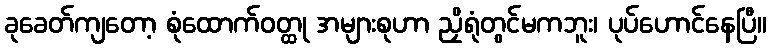
ခုခေတ်ကျတော့ စုံထောက်ဝတ္ထု အများစုဟာ ညှိရုံတွင်မကဘူး၊ ပုပ်ဟောင်နေပြီ။